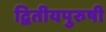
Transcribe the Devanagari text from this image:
द्वितीयपुरुषी